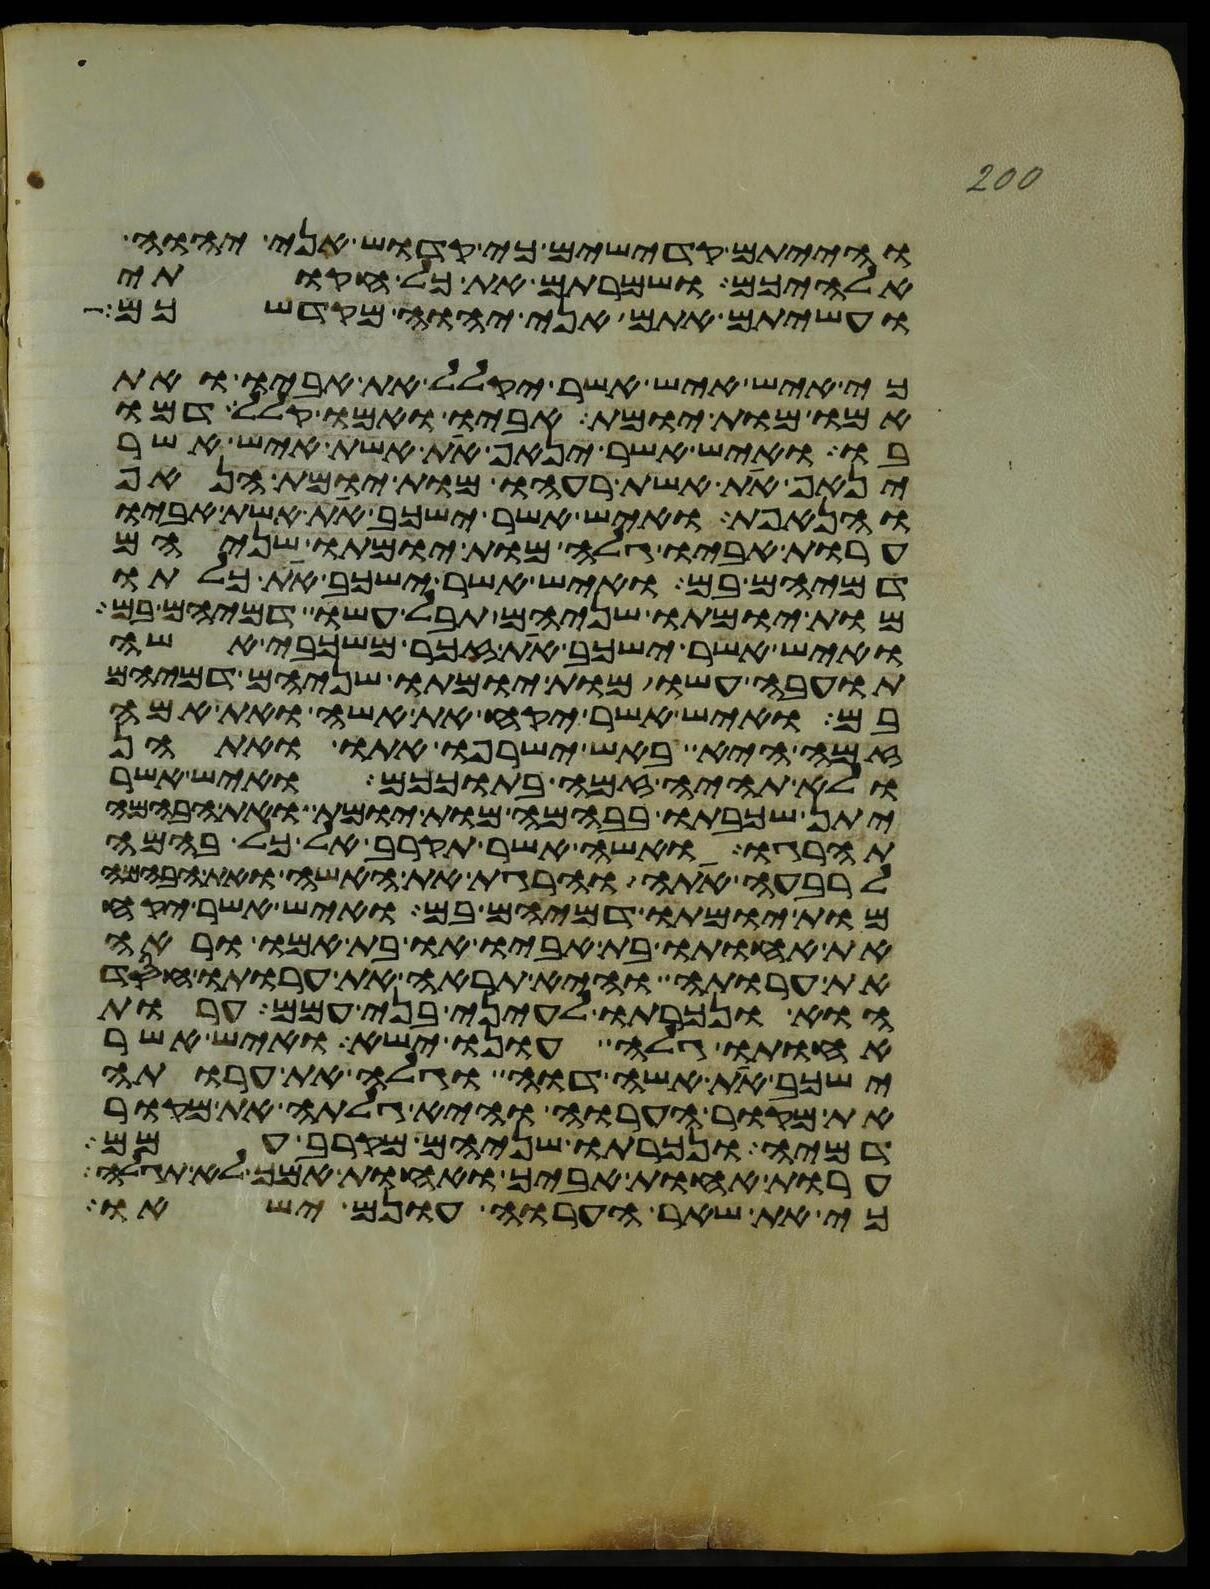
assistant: והייתם קדישים כי קדוש אני יהוה
אלהיכם ושמרתם את כל חקותי
ועשיתם אתם אני יהוה מקדשכם
כי איש איש אשר יקלל את אביו ואת
אמו מות יומת אביו ואמו קלל דמו
בו ואיש אשר ינאף את אשת איש אשר
ינאף את אשת רעהו מות יומת הנאף
והנאפת ואיש אשר ישכב את אשת אביו
ערות אביו גלה מות יומתו שניהם
דמיהם בם ואיש אשר ישכב את כלתו
מות יומתו שניהם תבל עשו דמיהם בם
ואיש אשר ישכב את זכר משכבי אשה
תועבה עשו מות יומתו שניהם דמיהם
בם ואיש אשר יקח את אשה ואת אמה
זמה היא באש ישרפו אתו ואתהן
ולא תהיה זמה בתוככם ואיש אשר
יתן שכבתו בבהמה מות יומת ואת הבהמה
תהרגו ואשה אשר תקרב אל כל בהמה
לרבעה אתה והרגת את האשה ואת הבהמה
מות יומתו דמיהם בם ואיש אשר יקח
את אחותו בת אביו או בת אמו וראה
את ערותה והיא תראה את ערותו חסד
הוא ונכרתו לעיני בני עמם ערות
אחותו גלה עונו ישא ואיש אשר
ישכב את אשה דוה וגלה את ערותה
את מקור הערוה והיא גלתה את מקור
דמיה ונכרתו שניהם מקרב עמם
ערות אחות אביך ואחות אמך לא תגלה
כי את שאר הערוה עונם ישאו